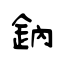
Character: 鈉